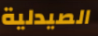
الصيدلية